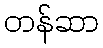
တန်ဆာ